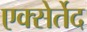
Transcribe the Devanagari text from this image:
एक्सेर्तेद